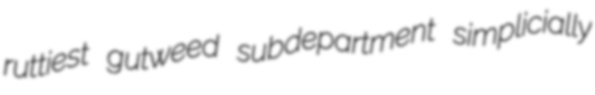
ruttiest gutweed subdepartment simplicially